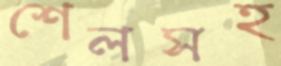
শেলসহ